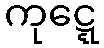
ကုဋ္ဋေ